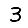
Digit: 3